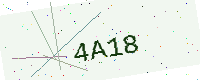
Text: 4A18